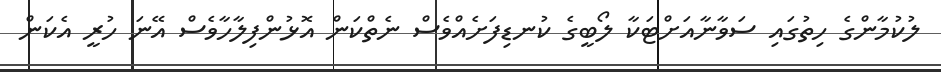
ލުކުމާންގެ ހިތުގައި ސަވާނާއަށްޓަކާ ލޯބީގެ ކުނޑިފަށެއްވެސް ނެތްކަން އޮޅުންފިލާހާވެސް އޭނަ ހުރީ އެކަން